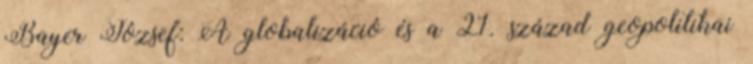
Bayer József: A globalizáció és a 21. század geopolitikai